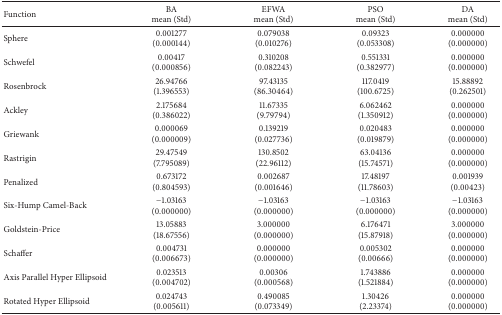
<table><thead><tr><td><b>Function</b></td><td><b>BAmean (Std)</b></td><td><b>EFWAmean (Std)</b></td><td><b>PSOmean (Std)</b></td><td><b>DAmean (Std)</b></td></tr></thead><tbody><tr><td>Sphere</td><td>0.001277(0.000144)</td><td>0.079038(0.010276)</td><td>0.09323(0.053308)</td><td>0.000000(0.000000)</td></tr><tr><td>Schwefel</td><td>0.00417(0.000856)</td><td>0.310208(0.082243)</td><td>0.551331(0.382977)</td><td>0.000000(0.000000)</td></tr><tr><td>Rosenbrock</td><td>26.94766(1.396553)</td><td>97.43135(86.30464)</td><td>117.0419(100.6725)</td><td>15.88892(0.262501)</td></tr><tr><td>Ackley</td><td>2.175684(0.386022)</td><td>11.67335(9.79794)</td><td>6.062462(1.350912)</td><td>0.000000(0.000000)</td></tr><tr><td>Griewank</td><td>0.000069(0.000009)</td><td>0.139219(0.027736)</td><td>0.020483(0.019879)</td><td>0.000000(0.000000)</td></tr><tr><td>Rastrigin</td><td>29.47549(7.795089)</td><td>130.8502(22.96112)</td><td>63.04136(15.74571)</td><td>0.000000(0.000000)</td></tr><tr><td>Penalized</td><td>0.673172(0.804593)</td><td>0.002687(0.001646)</td><td>17.48197(11.78603)</td><td>0.001939(0.00423)</td></tr><tr><td>Six-Hump Camel-Back</td><td>−1.03163(0.000000)</td><td>−1.03163(0.000000)</td><td>−1.03163(0.000000)</td><td>−1.03163(0.000000)</td></tr><tr><td>Goldstein-Price</td><td>13.05883(18.67556)</td><td>3.000000(0.000000)</td><td>6.176471(15.87918)</td><td>3.000000(0.000000)</td></tr><tr><td>Schaffer</td><td>0.004731(0.006673)</td><td>0.000000(0.000000)</td><td>0.005302(0.00666)</td><td>0.000000(0.000000)</td></tr><tr><td>Axis Parallel Hyper Ellipsoid</td><td>0.023513(0.004702)</td><td>0.00306(0.000568)</td><td>1.743886(1.521884)</td><td>0.000000(0.000000)</td></tr><tr><td>Rotated Hyper Ellipsoid</td><td>0.024743(0.005611)</td><td>0.490085(0.073349)</td><td>1.30426(2.23374)</td><td>0.000000(0.000000)</td></tr></tbody></table>